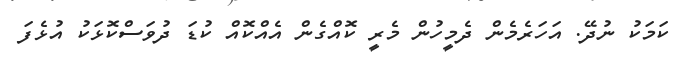
ކަަމަކު ނުދޭ. އަހަރެމެން ދެމީހުން މެރީ ކޮއްގެން އެއްކޮއް ކުޑަ ދުވަސްކޮޅަކު އުޅެފަ